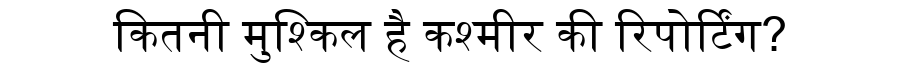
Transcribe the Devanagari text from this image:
कितनी मुश्किल है कश्मीर की रिपोर्टिंग?